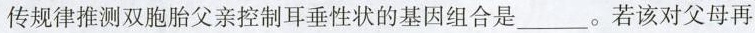
传规律推测双胞胎父亲控制耳垂性状的基因组合是___。若该对父母再